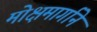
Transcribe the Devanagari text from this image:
मोक्षमार्गाने